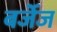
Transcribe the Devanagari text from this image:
बर्जेज